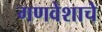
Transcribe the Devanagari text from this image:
गणवेशाचे